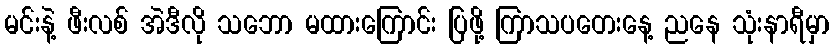
မင်းနဲ့ ဖီးလစ် အဲဒီလို သဘော မထားကြောင်း ပြဖို့ ကြာသပတေးနေ့ ညနေ သုံးနာရီမှာ